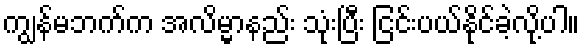
ကျွန်မဘက်က အလိမ္မာနည်း သုံးပြီး ငြင်းပယ်နိုင်ခဲ့လို့ပါ။